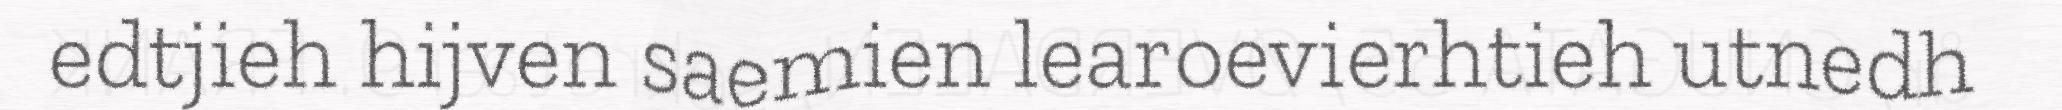
edtjieh hijven saemien learoevierhtieh utnedh